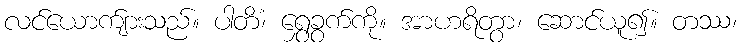
လင်ယောက်ျားသည်။ ပါတိံ၊ ရွှေခွက်ကို။ အာဟရိတွာ၊ ဆောင်ယူ၍။ တဿ၊